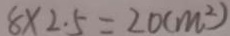
8 \times 2 . 5 = 2 0 ( m ^ { 2 } )